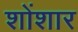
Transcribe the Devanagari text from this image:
शोंशार